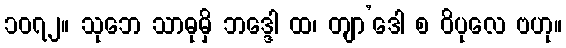
၁၀၇၂။ သုဘေ သာဓုမှိ ဘဒ္ဒေါ ထ၊ တျာ’ဒေါ စ ဝိပုလေ ဗဟု။